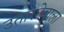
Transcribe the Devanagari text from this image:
उतारनेवाला